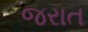
જરાત